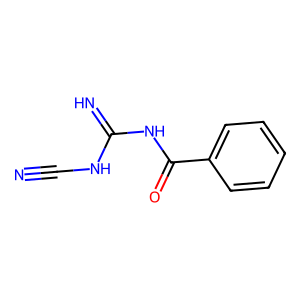
SMILES: N#CNC(=N)NC(=O)c1ccccc1
Inhibits HIV replication: No